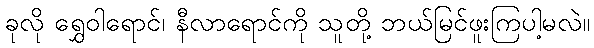
ခုလို ရွှေဝါရောင်၊ နီလာရောင်ကို သူတို့ ဘယ်မြင်ဖူးကြပါ့မလဲ။